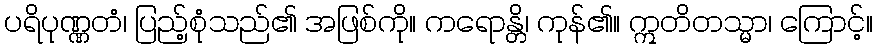
ပရိပုဏ္ဏတံ၊ ပြည့်စုံသည်၏ အဖြစ်ကို။ ကရောန္တိ၊ ကုန်၏။ ဣတိတသ္မာ၊ ကြောင့်။